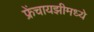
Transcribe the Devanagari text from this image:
फ्रेंचायझीमध्ये